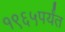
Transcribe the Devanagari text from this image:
१९६५पर्यंत